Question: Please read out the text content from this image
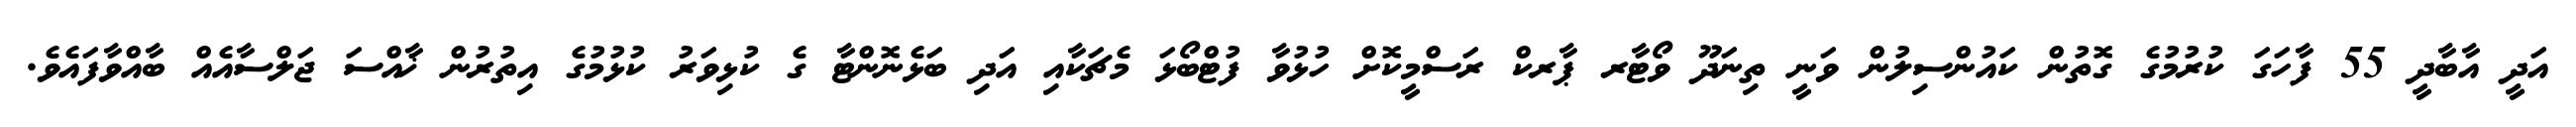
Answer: އަދީ އާބާދީ 55 ފާހަގަ ކުރުމުގެ ގޮތުން ކައުންސިލުން ވަނީ ތިނަދޫ ވޯޓާރ ޕާރކް ރަސްމީކޮށް ހުޅުވާ ފުޓްބޯޅަ މެޗަކާއި އަދި ބަޅެނޮންޓާ ގެ ކުޅިވަރު ކުޅުމުގެ އިތުރުން ޚާއްސަ ޖަލްސާއެއް ބާއްވާފައެވެ.